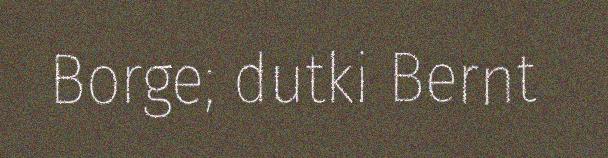
Borge; dutki Bernt